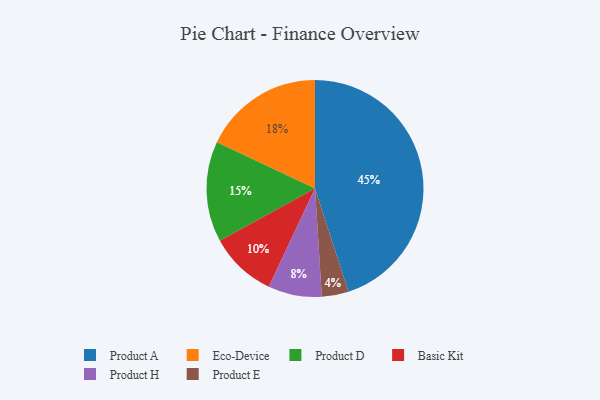
{"axis": {"x": "Category", "y": "Percentage"}, "legend": ["Basic Kit", "Eco-Device", "Product A", "Product D", "Product E", "Product H"], "data": [{"x": "Product E", "y": 4, "type": "Product E"}, {"x": "Product D", "y": 15, "type": "Product D"}, {"x": "Product A", "y": 45, "type": "Product A"}, {"x": "Product H", "y": 8, "type": "Product H"}, {"x": "Basic Kit", "y": 10, "type": "Basic Kit"}, {"x": "Eco-Device", "y": 18, "type": "Eco-Device"}]}